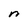
Character: n